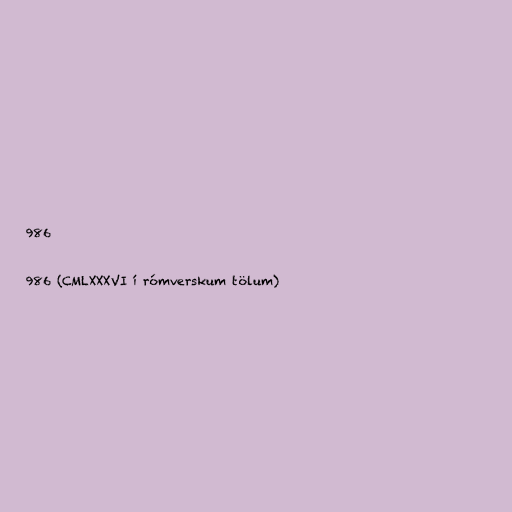
986

986 (CMLXXXVI í rómverskum tölum)